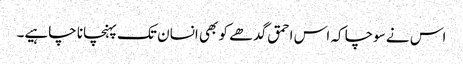
اس نے سوچا کہ اس احمق گدھے کو بھی انسان تک پہنچانا چاہیے۔